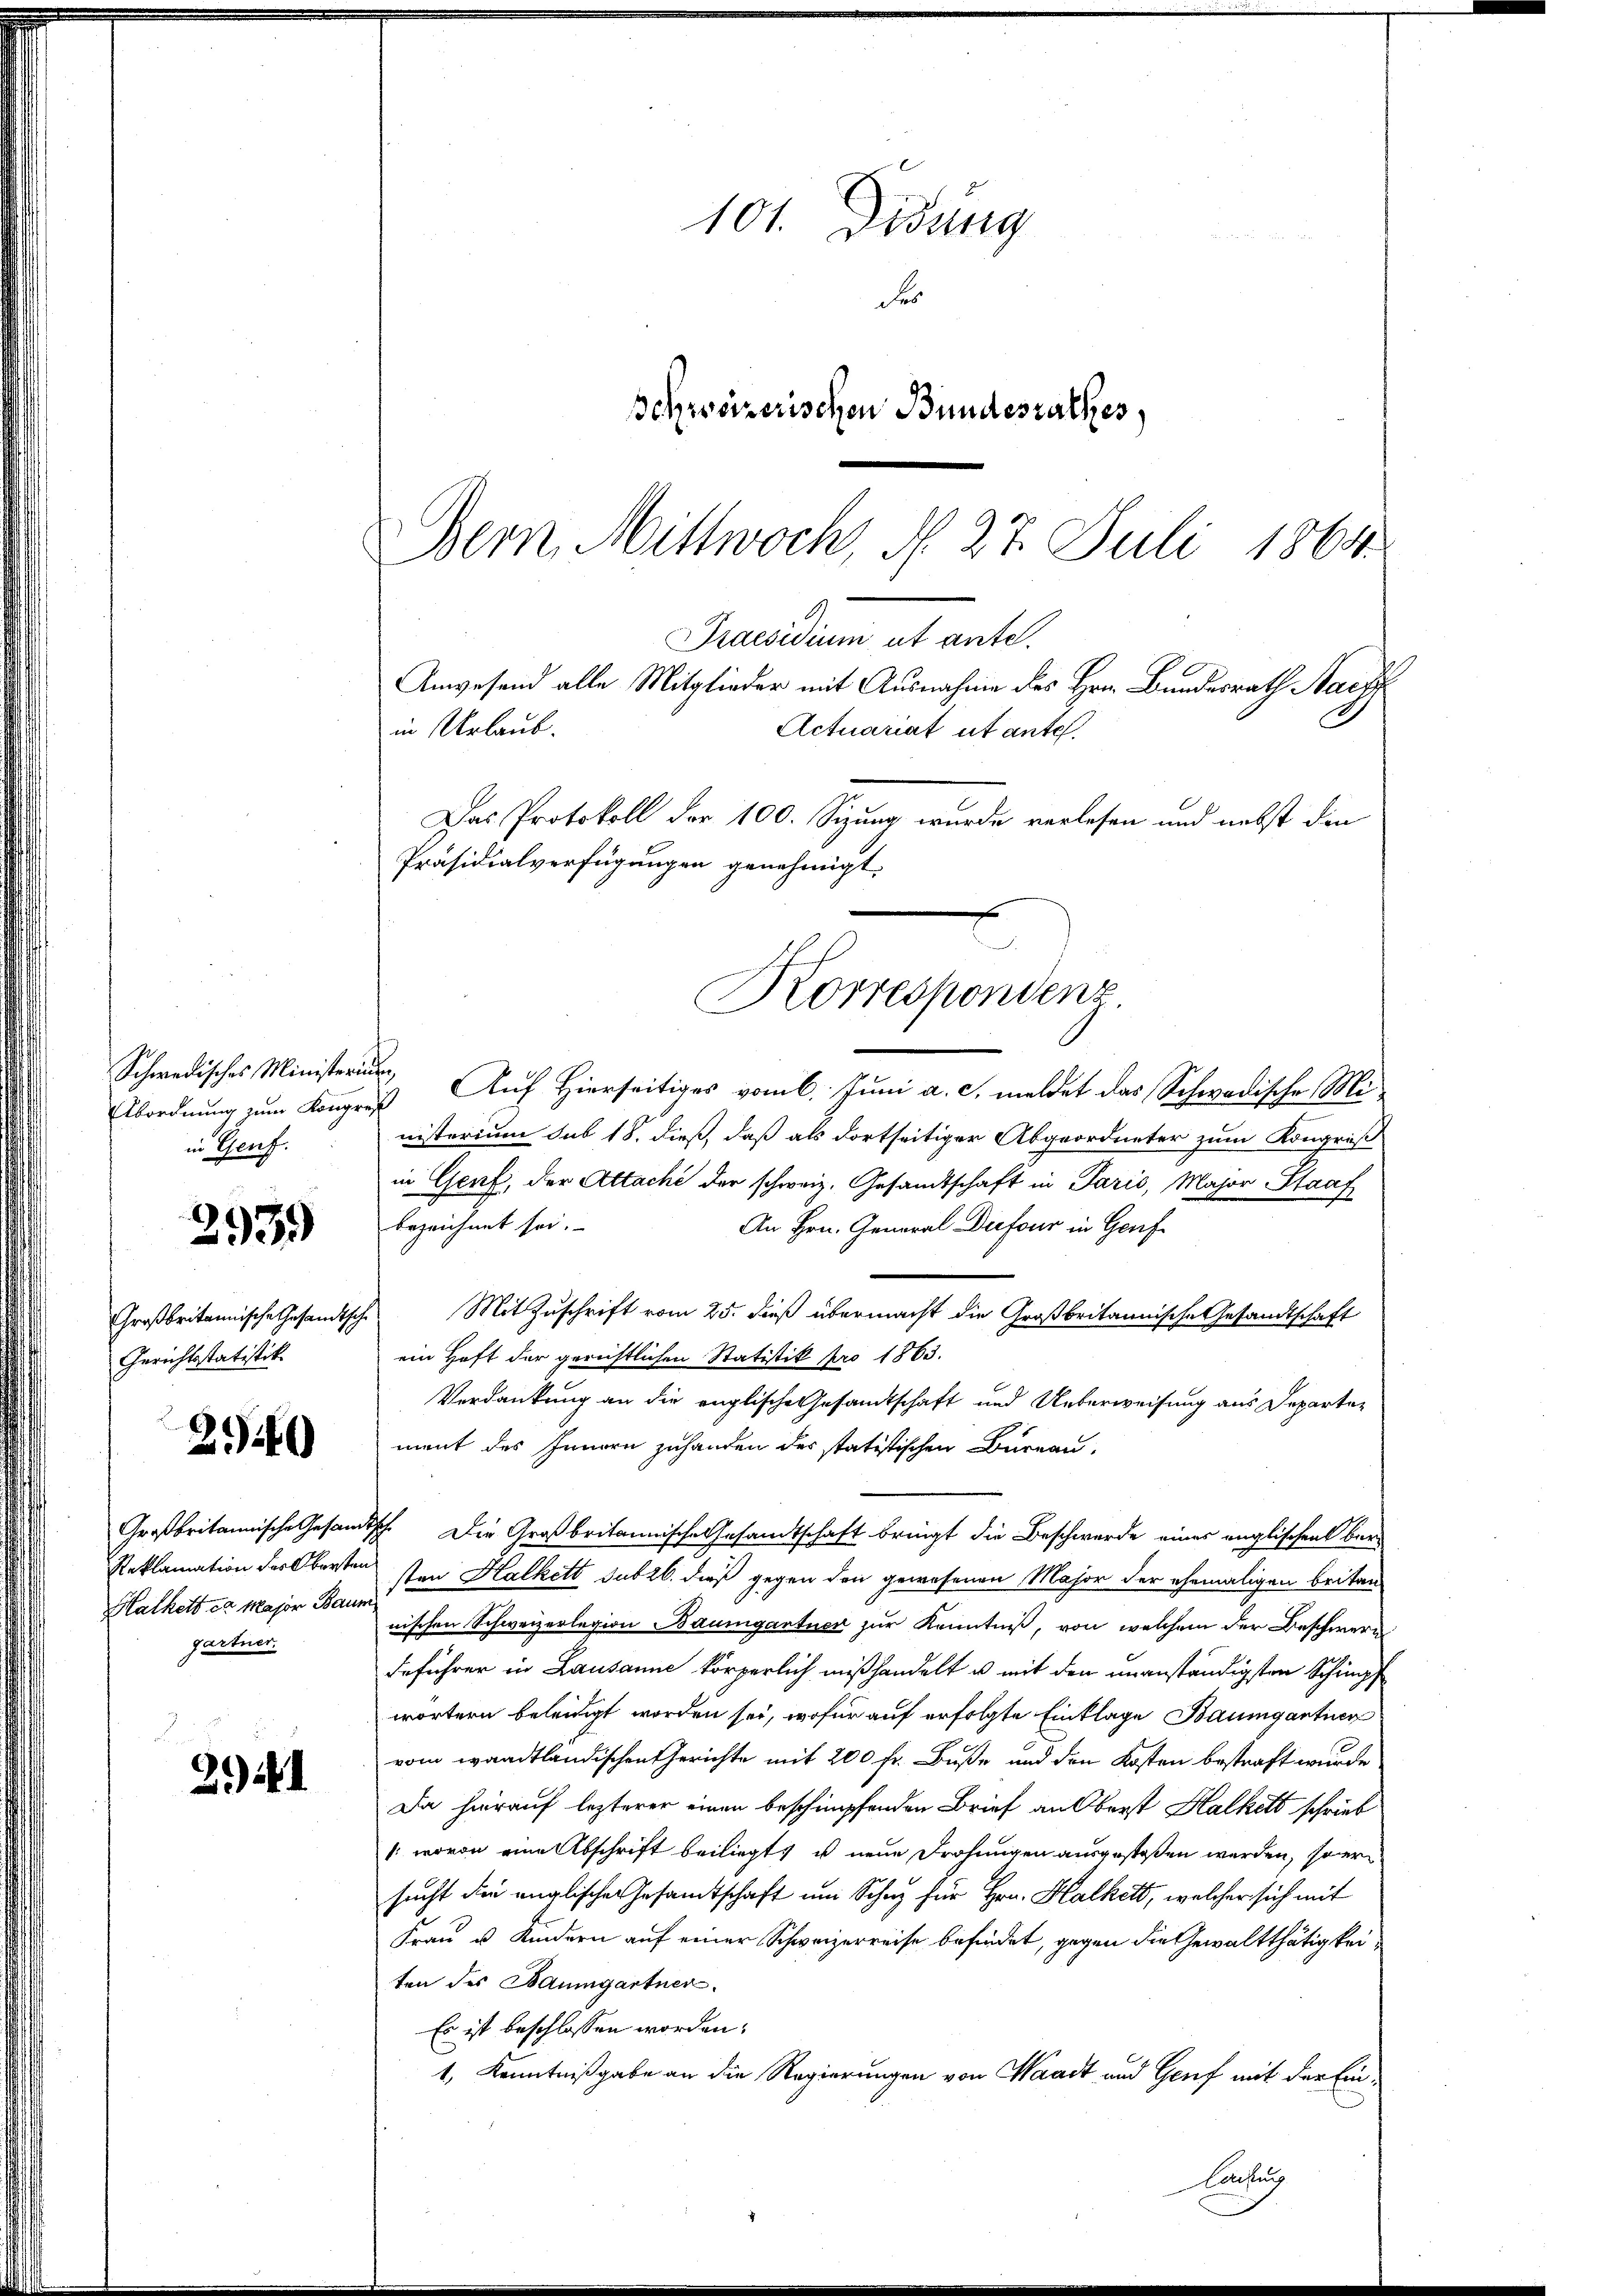
2939)

Abordnung zum Kongreß
in Genf.

Gerichtsstatistik

250

Hathett et Major Baum
gartner.

F
2.)

101. Didung
F
schweizerischen Bundesrathes,

Bern, Mittwoch, N. 27. Juli 1864.
Praesidium ut ante.
Anwesend alle Mitglieder mit Ausnahme des Hrn. Bundesrath Nach
in Urlaub.
Actuariat ut ante.

Schwedisches Ministerius, Auf Hierseitiges vom 6. Juni a. c. meldet das Schwadische Ministerium sub 18. dieß, daß als dortseitiger Abgeordneter zum Kongruß
in Genf, der Attache der schweiz. Gesandtschaft in Paris, Major Staaf
bezeichnet sei.
An Hrn. General Diefour in Genf
Großbritannische Gesandtsche Mit Zuschrift vom 25. dieß übermacht die Großbritannische Gesandtschaft
ein Haft der gerichtlichen Statistik pro 1863.
Verdankung an die englische Gesamtschaft und Ueberweisung aus Departement des Innern zuhanden des statistischen Bureau,
Großbritannische Gesandtsch. Die Großbritannische Gesandtschaft bringt die Beschwerde eines englischen ber¬
Reklamation der Obersten von Halkett subrb. dieß gegen den gewesenen Major der ehemaligen britannischen Schweizerlegion Baumgartner zur Kenntniß, von welchem der Beschwere
deführer in Lausanne körperlich mißhandelt u mit den unanständigsten Schimpf
wörtern beleidigt worden sei, wofür auf erfolgte Einklage Baumgantier
vom waadtländischen Gerichte mit 200 fr. Buße und den Kosten bestraft wurde.
Da hierauf lezterer einen beschimpfenden Brief an Oberst Halkets schrieb
: wovon eine Abschrift beiliegt, es neue Drohungen ausgestoßen werden, soweisucht den englischen Gesamtschaft um Schutz für Hrn. Kalkett, welcher sich mit
Frau u. Kindern auf einer Schweizerreise befindet, gegen die Gewaltthätigkeiten des Baumgartner.
Es ist beschlossen worden.
1, Kenntnißgabe an die Regierungen von Waadt und Genf mit der Ein¬
Consung

Das Protokoll der 100. Sizung wurde verlesen und nebst den
Präsidialverfügungen genehmigt.
m
Korrespondenz.